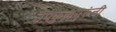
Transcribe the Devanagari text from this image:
उपकुलगुरूंनी